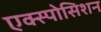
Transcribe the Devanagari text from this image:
एक्स्पोसिशन